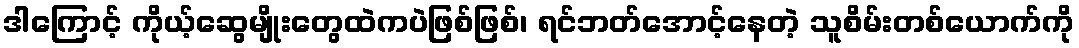
ဒါကြောင့် ကိုယ့်ဆွေမျိုးတွေထဲကပဲဖြစ်ဖြစ်၊ ရင်ဘတ်အောင့်နေတဲ့ သူစိမ်းတစ်ယောက်ကို